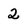
Character: 2